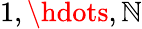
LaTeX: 1,\hdots,\mathbb{N}